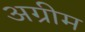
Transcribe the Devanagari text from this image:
अग्रीम